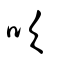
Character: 䶴